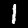
Label: 1